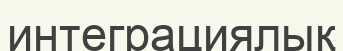
интеграциялық